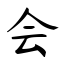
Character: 会